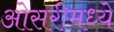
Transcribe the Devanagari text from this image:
ओसरीमध्ये